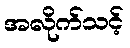
အလိုက်သင့်